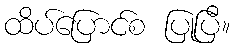
ထိပ်ပြောင်စ ပြုပြီ။